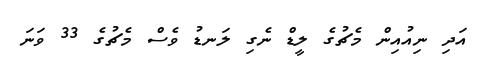
އަދި ނިއުއިން މެޗުގެ ލީޑް ނެގި ލަނޑު ވެސް މެޗުގެ 33 ވަނަ